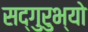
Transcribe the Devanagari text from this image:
सद्गुरुभ्यो